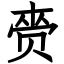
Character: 赍